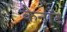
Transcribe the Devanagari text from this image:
कैनाँट